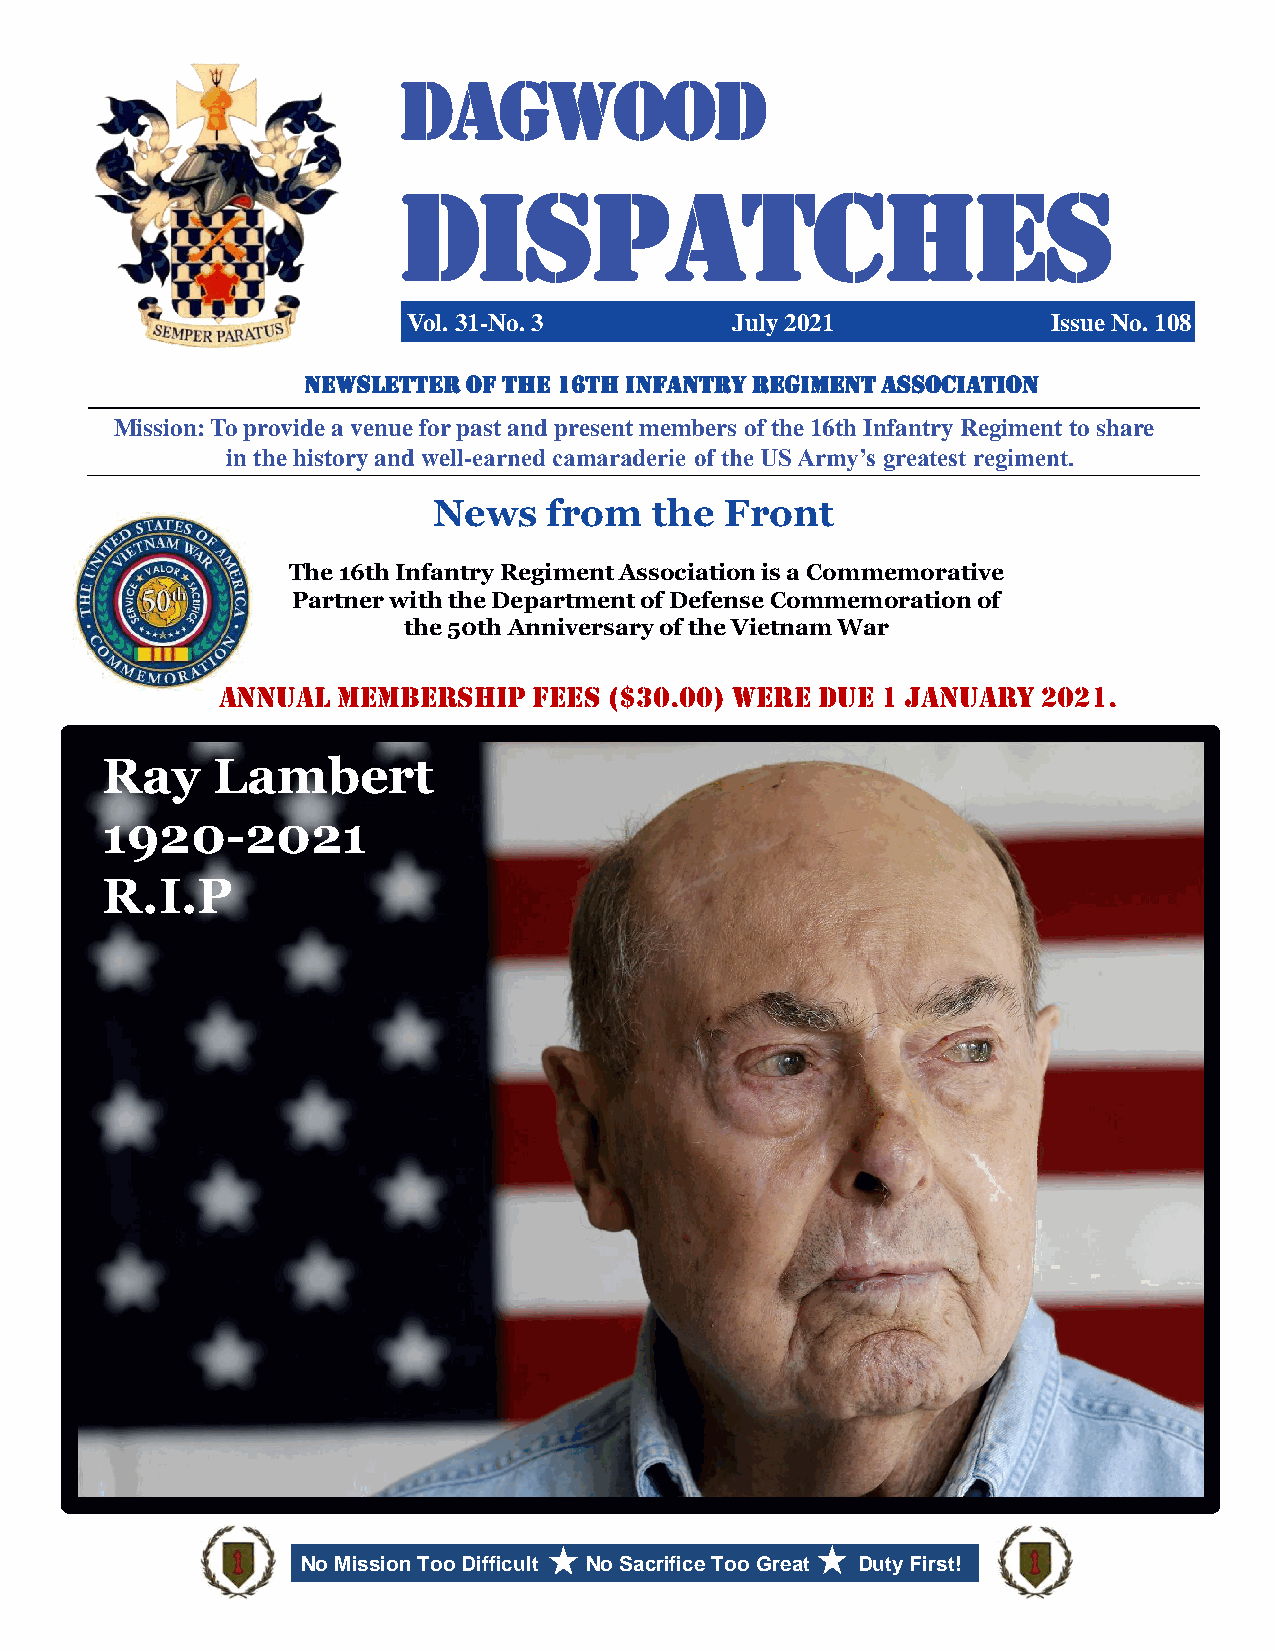
Dagwood
 Dispatches
 Vol. 31-No. 3        July 2021             Issue No. 108
 NEWSLETTER OF THE 16th INFANTRY REGIMENT ASSOCIATION
 Mission: To provide a venue for past and present members of the 16th Infantry Regiment to share
 in the history and well-earned camaraderie of the US Army’s greatest regiment.
 News   from   the  Front
 The 16th Infantry Regiment Association is a Commemorative
 Partner with the Department of Defense Commemoration of
 the 50th Anniversary of the Vietnam War
 Annual membership   fees ($30.00) WEre due 1 January  2021.
 Ray    Lambert
 1920-2021
 R.I.P
 30  Years   Ago  . . .
 DESERT   STORM   Victory
 Parade in New  York City
 No Mission Too Difficult No Sacrifice Too Great Duty First!